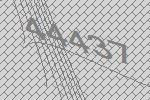
44437